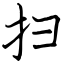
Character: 扫